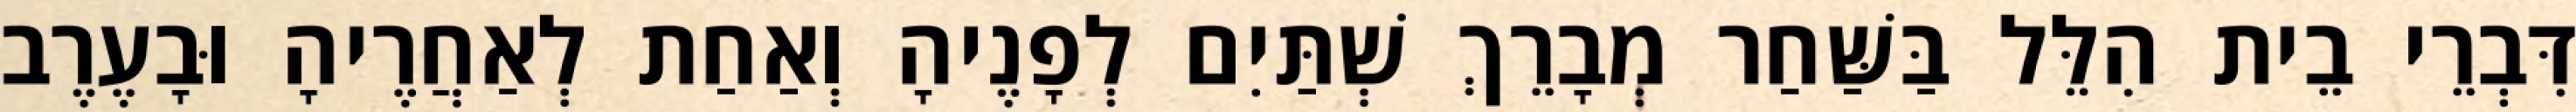
דִּבְרֵי בֵית הִלֵּל בַּשַּׁחַר מְבָרֵךְ שְׁתַּיִם לְפָנֶיהָ וְאַחַת לְאַחֲרֶיהָ וּבָעֶרֶב